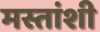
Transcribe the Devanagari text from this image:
मस्तांशी